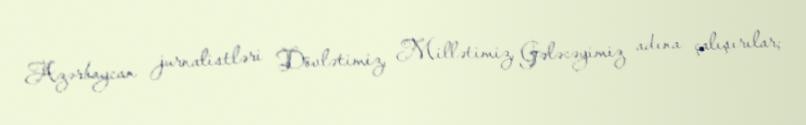
Azərbaycan jurnalistləri Dövlətimiz, Millətimiz, Gələcəyimiz adına çalışırılar;